Tartu_linnavalitsus, lk 27
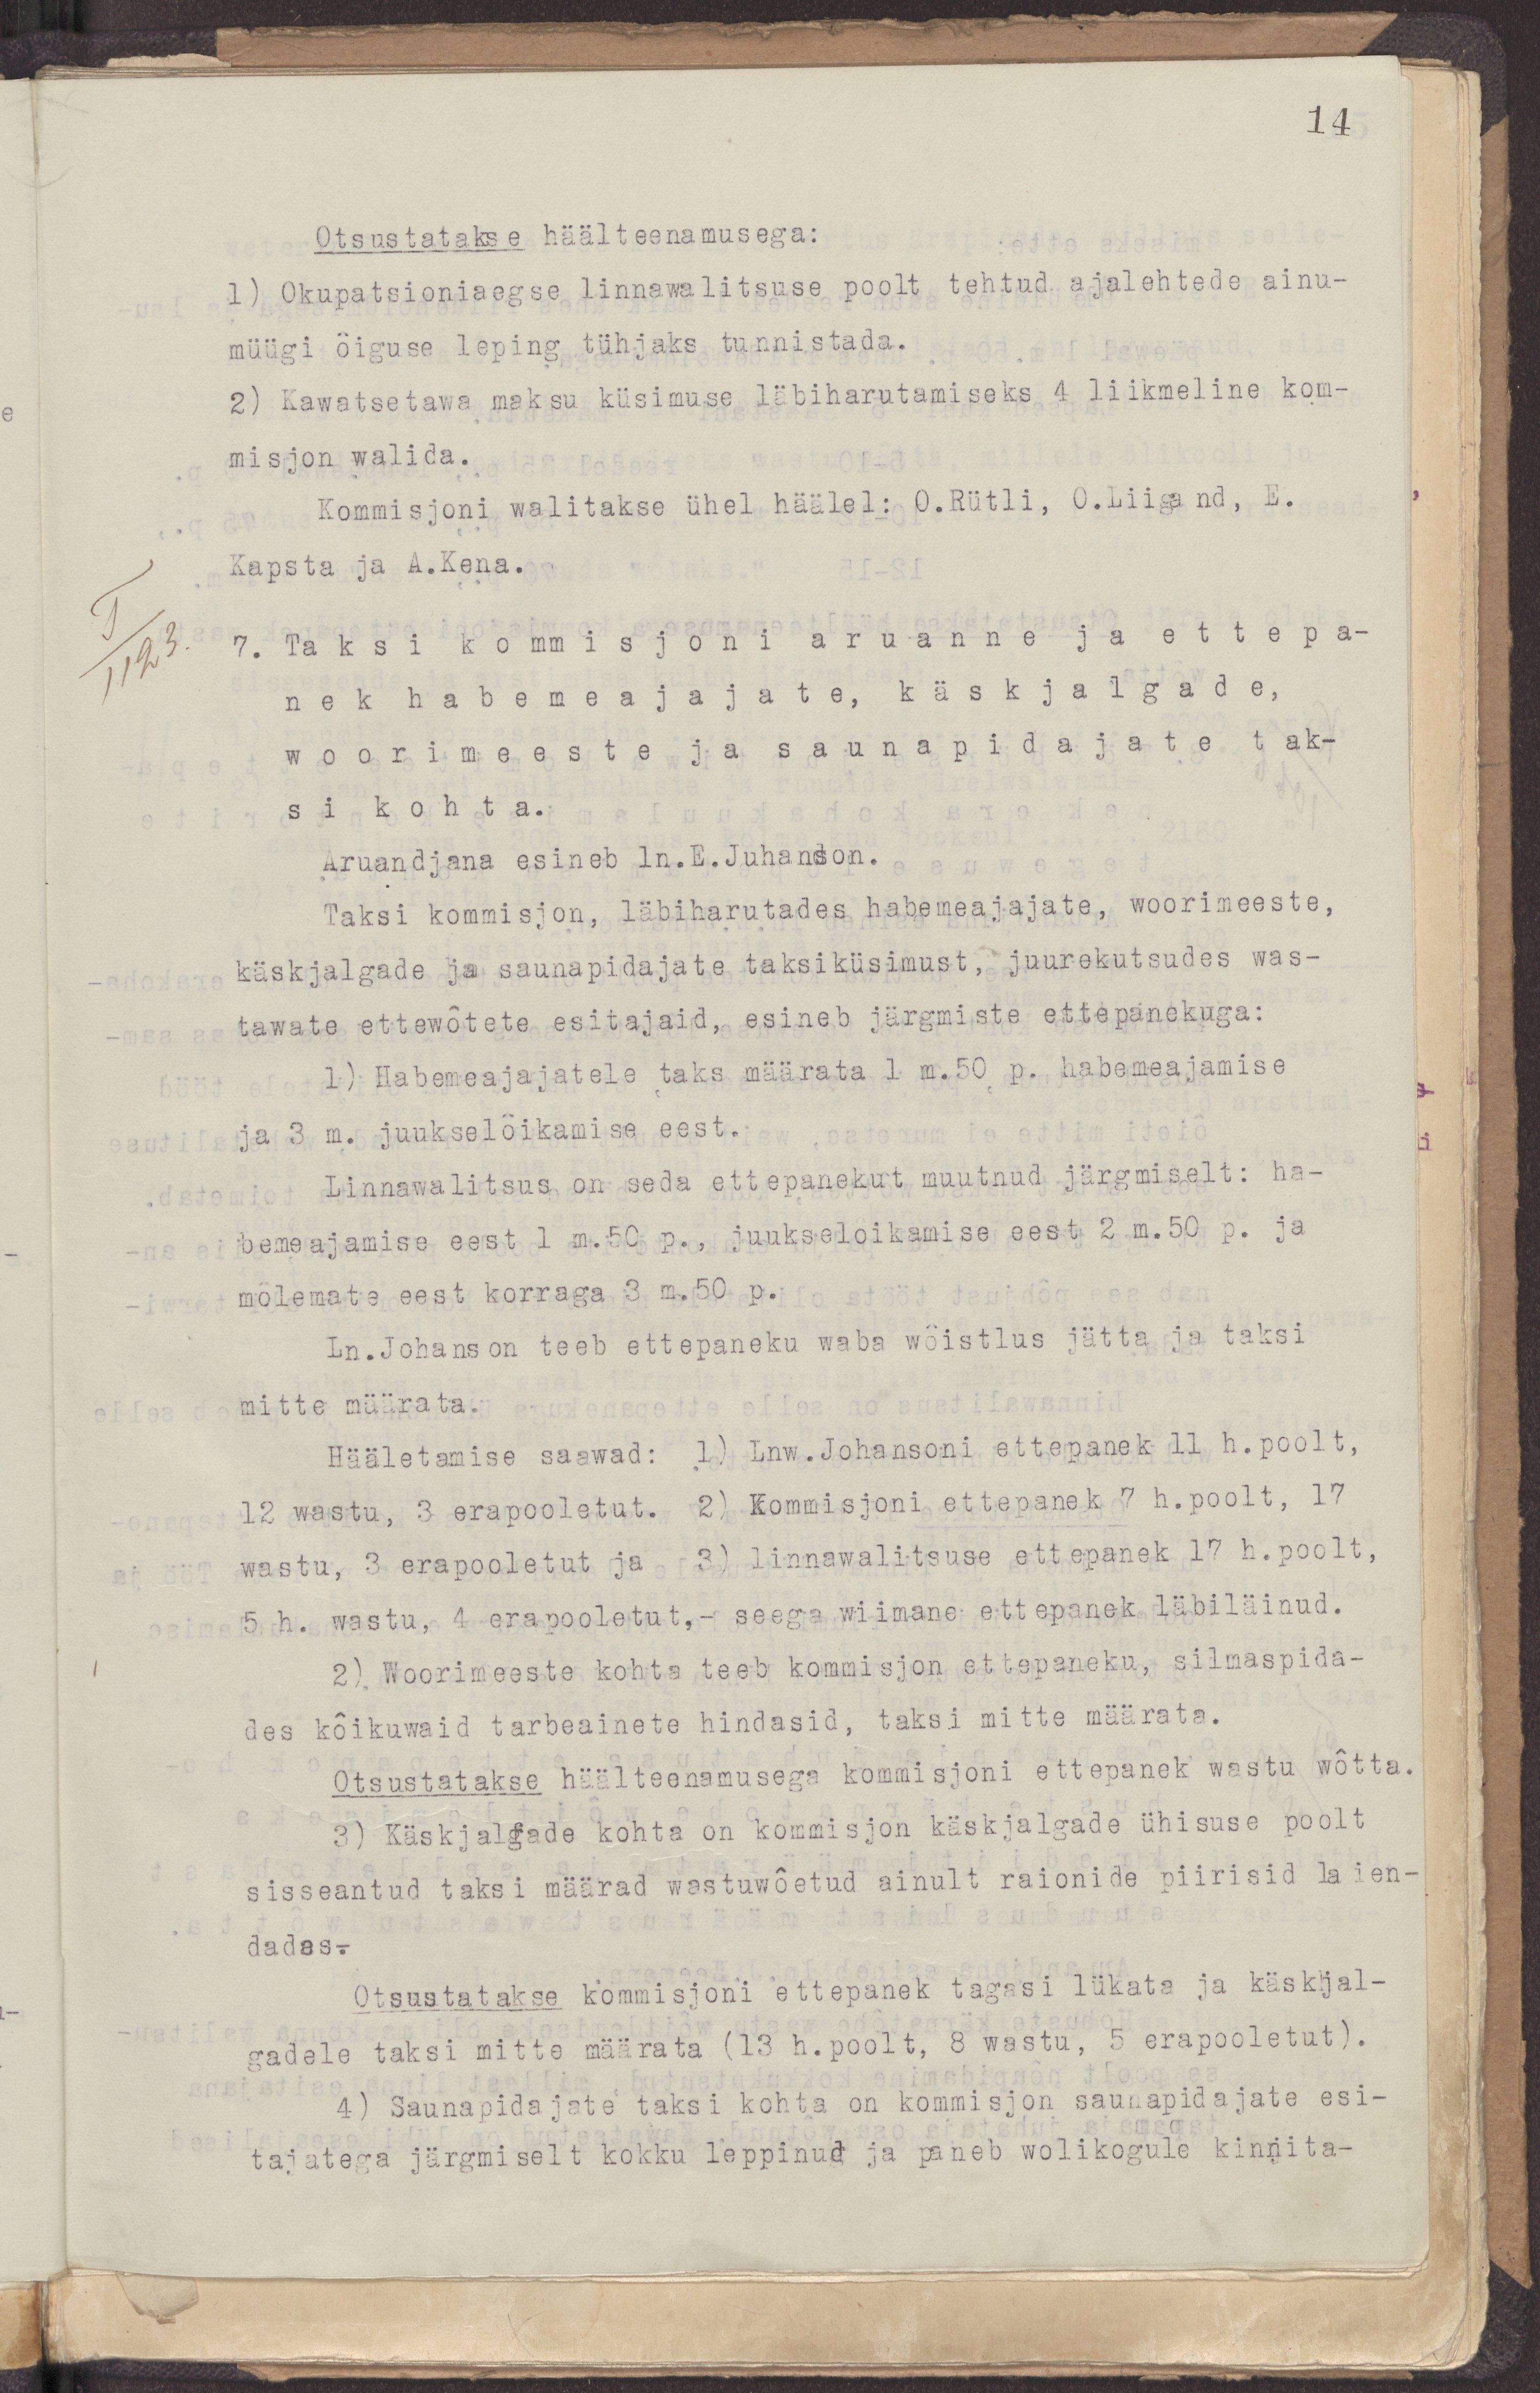
14
Otsustatakse häälteenamusega:
1) Okupatsiooniaegse linnawalitsuse poolt tehtud ajalehtede ainu-
müügi õiguse leping tühjaks tunnistada.
2) Kawatsetawa maksu küsimuse läbiharutamiseks 4 liikmeline kom-
misjon walida.
Komisjoni walitakse ühel häälel: O.Rütli, O.Liigand, E.
Kapsta ja A.Kena.
7. Taksi kommisjoni aruanne ja ettepa-
nek habemeajajate, käskjalgade,
woorimeeste ja saunapidajate tak-
si kohta.
Aruandjana esineb ln.E.Juhanson.
Taksi kommisjon, läbiharutades habemeajajate, woorimeeste,
käskjalgade ja saunapidajate taksiküsimust, juurekutsudes was-
tawate ettewõtete esitajaid, esineb järgmiste ettepanekuga:
1) Habemeajajatele taks määrata 1 m.50 p. habemeajamise 
ja 3 m. juukselõikamise eest.
Linnawalitsus on seda ettepanekut muutnud järgmiselt: ha-
bemeajamise eest 1 m.50 p., juukselõikamise eest 2 m.50 p. ja
mõlemate eest korraga 3 m.50 p.
Ln.Johanson teeb ettepaneku waba wõistlus jätta ja taksi
mitte määrata.
Hääletamise saawad: 1) Lnw.Johansoni ettepanek 11 h.poolt,
12 wastu, 3 erapooletut. 2) Kommisjoni ettepanek 7 h.poolt, 17
wastu, 3 erapooletut ja 3) linnawalitsuse ettepanek 17 h.poolt,
5h. wastu, 4 erapooletut,- seega wiimane ettepanek läbiläinud.
2) Woorimeeste kohta teeb kommisjon ettepaneku silmaspida-
des kõikuwaid tarbeainete hindasid, taksi mitte määrata.
Otsustatakse häälteenamusega kommisjoni ettepanek wastu wõtta.
3) Käskjalgade kohta on kommisjon käskjalgade ühisuse poolt
sisseantud taksi määrad wastuwõetud ainult raionide piirisid laien-
dades.
Otsustatakse kommisjoni ettepanek tagasi lükata ja käskjal-
gadele taksi mitte määrata (13 h.poolt, 8 wastu, 5 erapooletut).
4) Saunapidajate taksi kohta on kommisjon saunapidajate esi-
tajatega järgmiselt kokku leppinud ja paneb wolikogule kinnita-